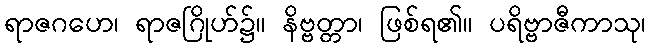
ရာဇဂဟေ၊ ရာဇဂြိုဟ်၌။ နိဗ္ဗတ္တာ၊ ဖြစ်ရ၏။ ပရိဗ္ဗာဇီကာသု၊